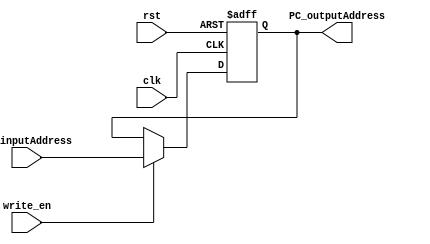
`timescale 1ns / 1ps
//////////////////////////////////////////////////////////////////////////////////
// Company: 
// Engineer: 
// 
// Design Name: 
// Module Name: ProgramCounter
// Project Name: 
// Target Devices: 
// Tool Versions: 
// Description: 
// 
// Dependencies: 
// 
// Revision:
// Revision 0.01 - File Created
// Additional Comments:
// 
//////////////////////////////////////////////////////////////////////////////////


module ProgramCounter(
    input  clk, 
    input  rst, 
    input  write_en, 
    input [31:0] PC_inputAddress,
    output reg [31:0] PC_outputAddress
    );
    
    always @(posedge clk or negedge rst) begin
        if(rst == 0) PC_outputAddress <= 32'h01000000; //  Upon reset this should equal the start address of instruction memory (0x01000000)
        
        else if (write_en == 1) PC_outputAddress <= PC_inputAddress;
        // add 4: 
        // RISC-V deals with everything in byte addresses (from page 19 of the ISA manual: "RV32I provides a 32-bit user address space that is byte-addressed and little-endian").
        // src: https://stackoverflow.com/questions/63904609/why-program-counter-in-risc-v-should-be-added-by-4-instead-of-adding-0-or-2
    end
endmodule